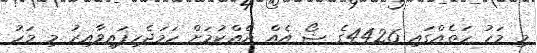
މި މަހު ހަތެއްގައި 4426ގެ ޝޯ އެއް ދެއްކުމަށް ހަމަޖެހިފައިވާއިރު މި މަހު